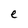
Character: e